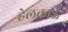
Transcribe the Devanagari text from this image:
हेलकाऊ